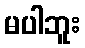
မပါဘူး